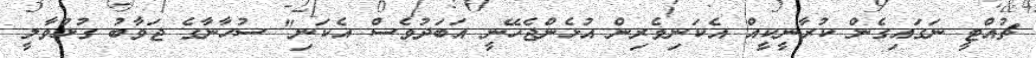
ޗުއްޓީ ނަގައިގެން ކުރާނީކީއް އެކަނިވެރިން އުޅެންޖެހޭނީ އަބަދުވެސް އެކަނި" ސުހާނާގެ ޖަވާބު ގުޅުވާލީ